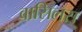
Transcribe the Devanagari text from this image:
वासिलस